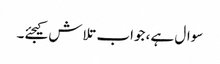
سوال ہے، جواب تلاش کیجئے۔